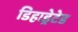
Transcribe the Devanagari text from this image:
डिहाड्रेटेड